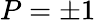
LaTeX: P=\pm 1